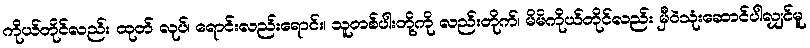
ကိုယ်တိုင်လည်း ထုတ် လုပ်၊ ရောင်းလည်းရောင်း၊ သူတစ်ပါးတို့ကို လည်းတိုက်၊ မိမိကိုယ်တိုင်လည်း မှီဝဲသုံးဆောင်ပါလျှင်မူ